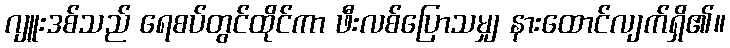
ဂျူးဒစ်သည် ရေစပ်တွင်ထိုင်ကာ ဖီးလစ်ပြောသမျှ နားထောင်လျက်ရှိ၏။